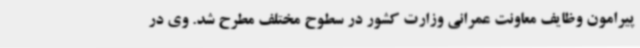
پیرامون وظایف معاونت عمرانی وزارت کشور در سطوح مختلف مطرح شد. وی در